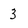
Character: 3